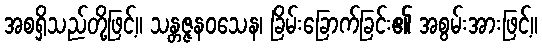
အစရှိသည်တို့ဖြင့်။ သန္တဇ္ဇနဝသေန၊ ခြိမ်းခြောက်ခြင်း၏ အစွမ်းအားဖြင့်။